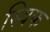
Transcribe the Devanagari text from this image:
स्विफ